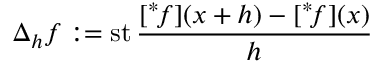
\Delta _ { h } f : = \operatorname { s t } { \frac { [ { } ^ { * } \! f ] ( x + h ) - [ { } ^ { * } \! f ] ( x ) } { h } }